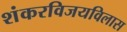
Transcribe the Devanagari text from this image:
शंकरविजयविलास